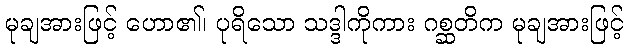
မုချအားဖြင့် ဟော၏၊ ပုရိသော သဒ္ဒါကိုကား ဂစ္ဆတိက မုချအားဖြင့်